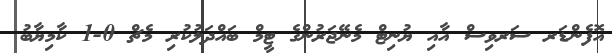
އޮފެންޑަރ ސަރވިސް އާއި ޔުނިޓް މެނޭޖަރުންގެ ޓީމް ބައްދަލުކުރި މެޗް 0-1 ކާމިޔާބު